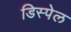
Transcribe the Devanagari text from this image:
डिस्पेल